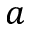
a